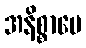
အနိစ္စာပေ